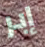
إبر